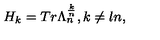
H _ { k } = T r { } \Lambda _ { n } ^ { \frac { k } { n } } , { } { } k \neq l n ,